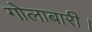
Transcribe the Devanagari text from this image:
गोलाबारी।